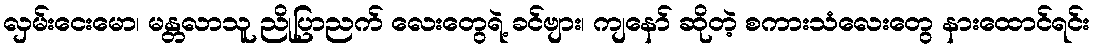
လှမ်းငေးမော၊ မန္တလာသူ ညိုပြာညက် လေးတွေရဲ့ ခင်ဗျား၊ ကျနော် ဆိုတဲ့ စကားသံလေးတွေ နားထောင်ရင်း